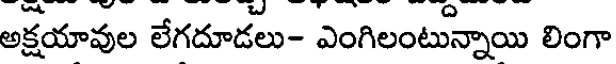
అక్షయావుల లేగదూడలు- ఎంగిలంటున్నాయి లింగా